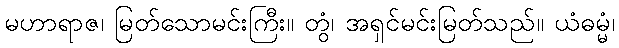
မဟာရာဇ၊ မြတ်သောမင်းကြီး။ တွံ၊ အရှင်မင်းမြတ်သည်။ ယံဓမ္မံ၊